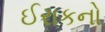
ઈરાકનો